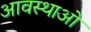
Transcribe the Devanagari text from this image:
आवस्थाओं